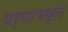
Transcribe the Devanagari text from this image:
पर्णाभवृंत